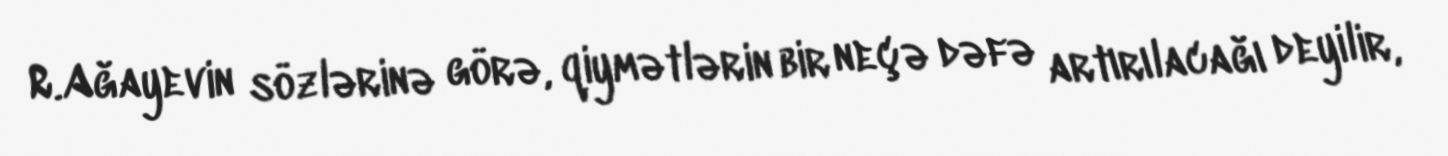
R.Ağayevin sözlərinə görə, qiymətlərin bir neçə dəfə artırılacağı deyilir,